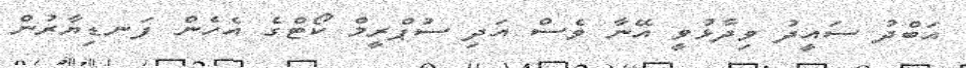
އަބްދު ސައީދު ވިދާޅުވީ އޭނާ ވެސް އަދި ސުޕްރީމް ކޯޓްގެ އެހެން ފަނޑިޔާރުން